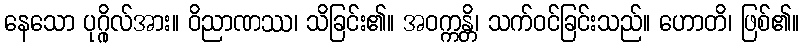
နေသော ပုဂ္ဂိုလ်အား။ ဝိညာဏဿ၊ သိခြင်း၏။ အဝက္ကန္တိ၊ သက်ဝင်ခြင်းသည်။ ဟောတိ၊ ဖြစ်၏။